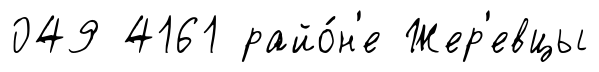
049 4161 райо́н'е Жер'евцы